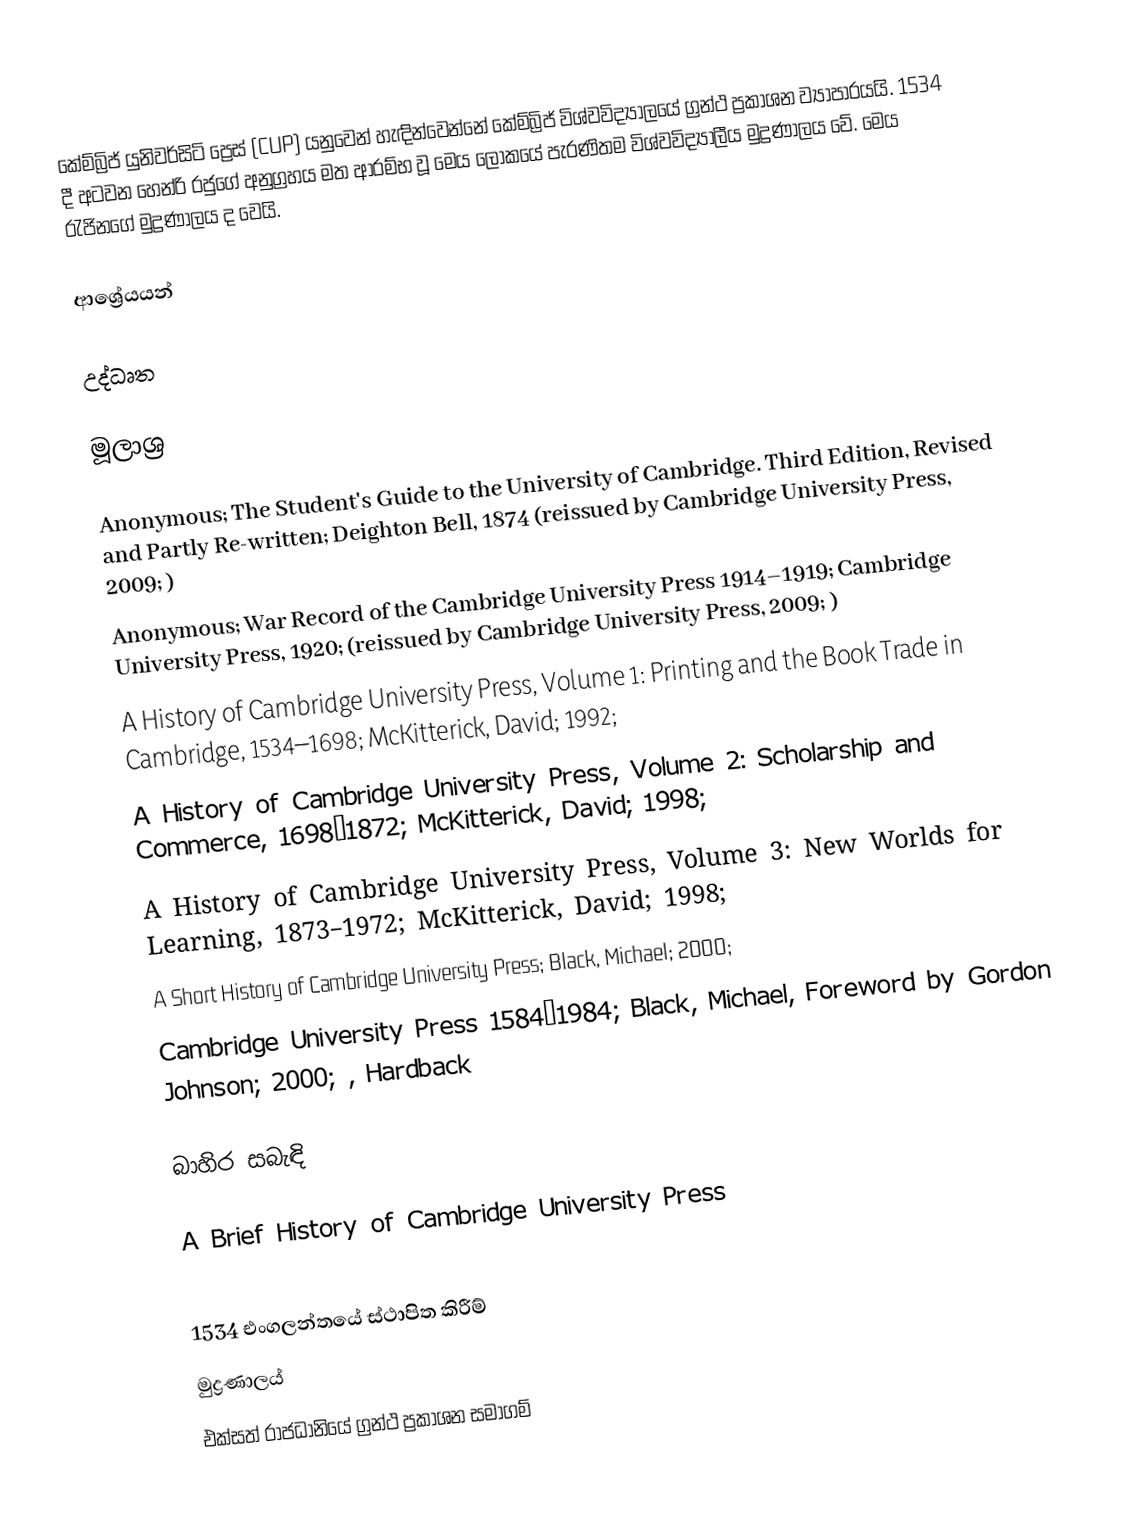
කේම්බ්‍රිජ් ‍යුනිවර්සිටි ප්‍රෙස් (CUP) යනුවෙන් හැඳින්වෙන්නේ කේම්බ්‍රිජ් විශ්වවිද්‍යාලයේ ග්‍රන්ථ ප්‍රකාශන ව්‍යාපාරයයි. 1534 දී අටවන හෙන්රි රජුගේ අනුග්‍රහය මත ආරම්භ වූ මෙය ලෝකයේ පැරණිතම විශ්වවිද්‍යාලීය මුද්‍රණාලය වේ. මෙය රැජිනගේ මුද්‍රණාලය ද වෙයි.

ආශ්‍රේයයන්

උද්ධෘත

මූලාශ්‍ර

 Anonymous; The Student's Guide to the University of Cambridge. Third Edition, Revised and Partly Re-written; Deighton Bell, 1874 (reissued by Cambridge University Press, 2009; )
 Anonymous; War Record of the Cambridge University Press 1914–1919; Cambridge University Press, 1920; (reissued by Cambridge University Press, 2009; )
 A History of Cambridge University Press, Volume 1: Printing and the Book Trade in Cambridge, 1534–1698; McKitterick, David; 1992;
 A History of Cambridge University Press, Volume 2: Scholarship and Commerce, 1698–1872; McKitterick, David; 1998;
 A History of Cambridge University Press, Volume 3: New Worlds for Learning, 1873–1972; McKitterick, David; 1998;
 A Short History of Cambridge University Press; Black, Michael; 2000;
 Cambridge University Press 1584–1984; Black, Michael, Foreword by Gordon Johnson; 2000; , Hardback

බාහිර සබැඳි

 A Brief History of Cambridge University Press

1534 එංගලන්තයේ ස්ථාපිත කිරීම්
මුද්‍රණාලය්
එක්සත් රාජධානියේ ග්‍රන්ථ ප්‍රකාශන සමාගම්